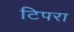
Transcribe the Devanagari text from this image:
टिपरा